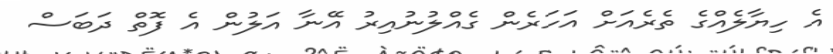
އެ ހިޔާލެއްގެ ތެރެއަށް އަހަރެން ގެއްލުނުއިރު އޭނާ އަލުން އެ ފޮތް ދަބަސް